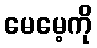
မေမေ့ကို